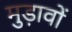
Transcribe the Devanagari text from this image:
मुड़ावों